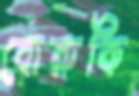
বোরুকি